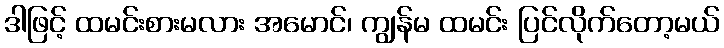
ဒါဖြင့် ထမင်းစားမလား အမောင်၊ ကျွန်မ ထမင်း ပြင်လိုက်တော့မယ်